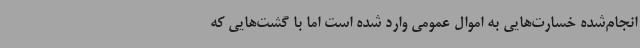
انجام‌شده خسارت‌هایی به اموال عمومی وارد شده است اما با گشت‌هایی که